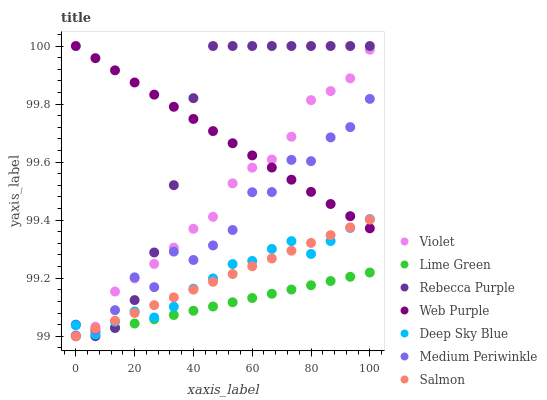
| xaxis_label | Violet | Lime Green | Rebecca Purple | Web Purple | Deep Sky Blue | Medium Periwinkle | Salmon |
 | --- | --- | --- | --- | --- | --- | --- | --- |
 | 0 | 99 | 99 | 99 | 100 | 99 | 99 | 99 |
 | 6.67 | 99 | 99 | 99 | 100 | 99 | 99 | 99 |
 | 13.3 | 99.2 | 99 | 99 | 99.9 | 99.1 | 99.1 | 99.1 |
 | 20 | 99.2 | 99 | 99.1 | 99.9 | 99.1 | 99.2 | 99.1 |
 | 26.7 | 99.2 | 99.1 | 99.3 | 99.8 | 99.1 | 99.2 | 99.1 |
 | 33.3 | 99.3 | 99.1 | 99.5 | 99.8 | 99.1 | 99.3 | 99.1 |
 | 40 | 99.4 | 99.1 | 99.8 | 99.7 | 99.2 | 99.3 | 99.2 |
 | 46.7 | 99.4 | 99.1 | 100 | 99.7 | 99.2 | 99.3 | 99.2 |
 | 53.3 | 99.5 | 99.1 | 100 | 99.7 | 99.2 | 99.4 | 99.2 |
 | 60 | 99.6 | 99.1 | 100 | 99.6 | 99.3 | 99.5 | 99.2 |
 | 66.7 | 99.6 | 99.1 | 100 | 99.6 | 99.3 | 99.5 | 99.3 |
 | 73.3 | 99.7 | 99.2 | 100 | 99.5 | 99.3 | 99.6 | 99.3 |
 | 80 | 99.8 | 99.2 | 100 | 99.5 | 99.3 | 99.6 | 99.3 |
 | 86.7 | 99.8 | 99.2 | 100 | 99.5 | 99.3 | 99.7 | 99.3 |
 | 93.3 | 99.9 | 99.2 | 100 | 99.4 | 99.4 | 99.7 | 99.4 |
 | 100 | 100 | 99.2 | 100 | 99.4 | 99.4 | 99.8 | 99.4 |